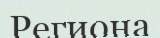
Региона